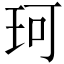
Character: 珂